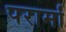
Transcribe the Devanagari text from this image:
परार्मा